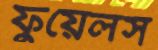
ফুয়েলস